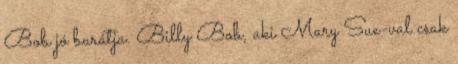
Bob jó barátja. Billy Bob, aki Mary Sue-val csak